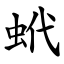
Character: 蚮